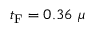
t _ { \mathrm { F } } = 0 . 3 6 ~ \mu